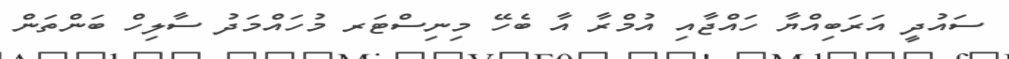
ސައުދީ އަރަބިއްޔާ ހައްޖާއި އުމްރާ އާ ބެހޭ މިނިސްޓަރ މުހައްމަދު ސާލިހް ބަންތަން